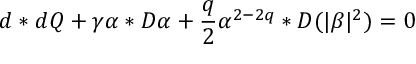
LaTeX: d * d Q + \gamma \alpha * { \cal { D } } \alpha + \frac { q } { 2 } \alpha ^ { 2 - 2 q } * { \cal { D } } ( | \beta | ^ { 2 } ) = 0